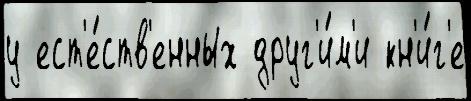
у ест'е́ств'енных друг'и́м'и кн'и́г'е